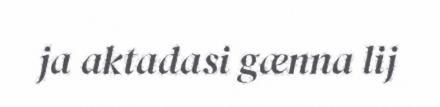
ja aktadasi gænna lij